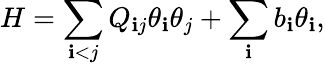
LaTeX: H=\sum_{\mathbf{i}<j}{Q_{\mathbf{i}j}\theta_{\mathbf{i}}\theta_{j}}+\sum_{\mathbf{i}}{b_{\mathbf{i}}\theta_{\mathbf{i}}},